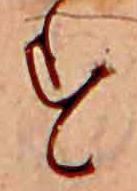
す